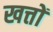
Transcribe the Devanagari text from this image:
खत्तों